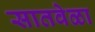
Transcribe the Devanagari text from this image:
सातवेळा